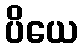
ပိယေ